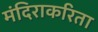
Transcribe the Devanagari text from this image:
मंदिराकरिता